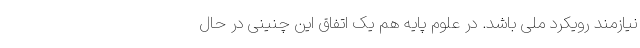
نیازمند رویکرد ملی باشد. در علوم پایه هم یک اتفاق این چنینی در حال